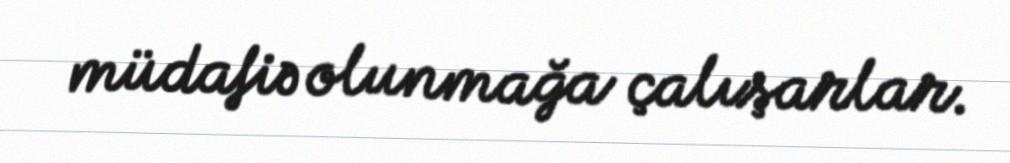
müdafiə olunmağa çalışarlar.